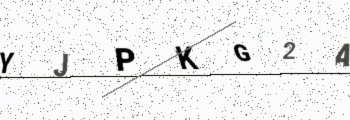
Text: YJPKG2A